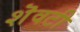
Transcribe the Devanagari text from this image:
शॆवटी